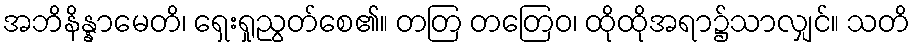
အဘိနိန္နာမေတိ၊ ရှေးရှုညွတ်စေ၏။ တတြ တတြေဝ၊ ထိုထိုအရာ၌သာလျှင်။ သတိ